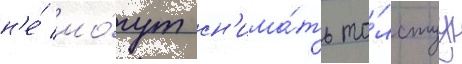
н'е́ мо́гут сн'има́ть то́лстуу